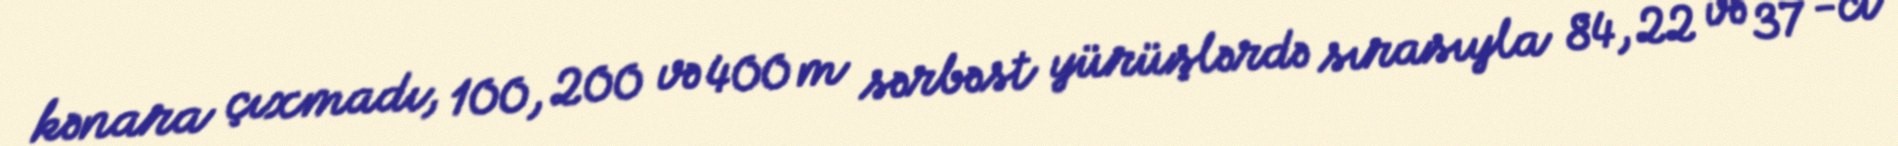
kənara çıxmadı, 100, 200 və 400 m sərbəst yürüşlərdə sırasıyla 84, 22 və 37 -ci